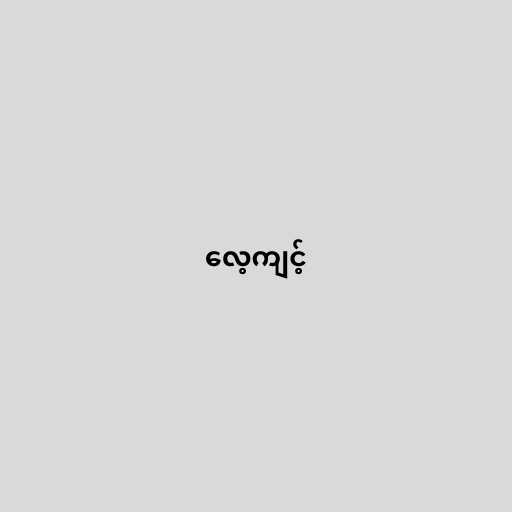
လေ့ကျင့်